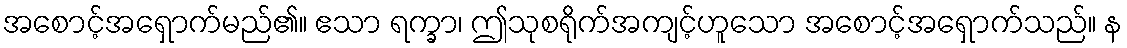
အစောင့်အရှောက်မည်၏။ ဧသာ ရက္ခာ၊ ဤသုစရိုက်အကျင့်ဟူသော အစောင့်အရှောက်သည်။ န